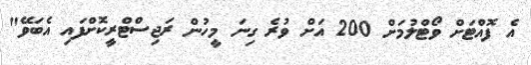
އެ ފޮއްޓަށް ވޯޓްލުމަށް 200 އަށް ވުރެ ގިނަ މީހުން ރަޖިސްޓްރީކޮށްފައި އެބަވޭ"